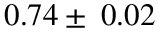
0 . 7 4 \pm \: 0 . 0 2